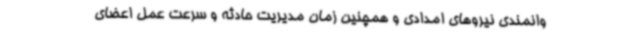
وانمندی‌ نیروهای امدادی و همچنین زمان مدیریت حادثه و سرعت عمل اعضای